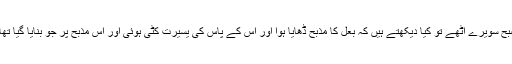
28جب اُس شہر کے لوگ صُبح سویرے اُٹھے تو کیا دیکھتے ہیں کہ بعل کا مذبح ڈھایا ہُؤا اور اُس کے پاس کی یسِیرت کٹی ہُوئی اور اُس مذبح پر جو بنایا گیا تھا وہ دُوسرا بَیل چڑھایا ہُؤا ہے۔